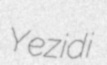
Yezidi